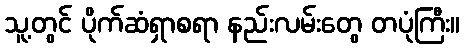
သူ့တွင် ပိုက်ဆံရှာစရာ နည်းလမ်းတွေ တပုံကြီး။